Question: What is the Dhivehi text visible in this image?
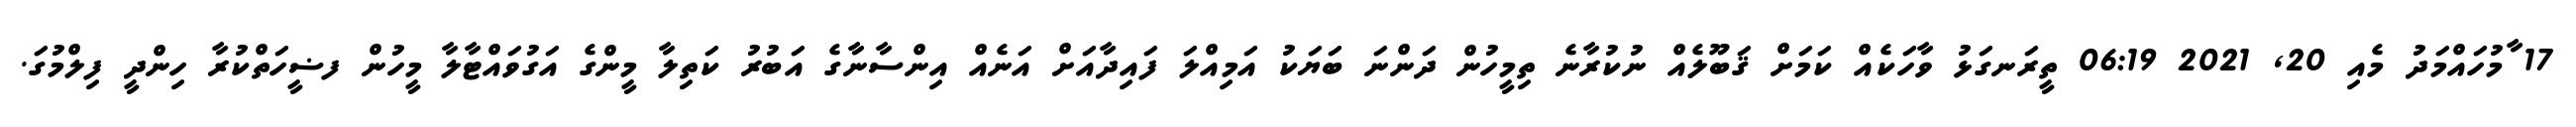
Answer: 17 ާމުހައްމަދު މެއި 20, 2021 06:19 ތީރަނގަޅު ވާހަކެއް ކަމަށް ޤަބޫލެއް ނުކުރާނެ ތިމީހުން ދަންނަ ބަޔަކު އަމިއްލަ ފައިދާއަށް އަނެއް އިންސާނާގެ އަބުރު ކަތިލާ މީންގެ އަގުވައްޓާލާ މީހުން ފޟީހަތްކުރާ ހިންދީ ފިލްމުގަ.